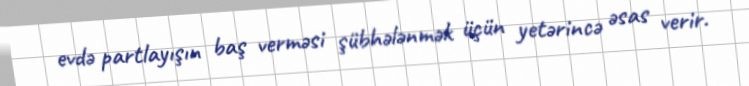
evdə partlayışın baş verməsi şübhələnmək üçün yetərincə əsas verir.